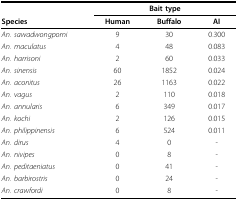
<table><thead><tr><td></td><td colspan="3"><b>Bait type</b></td></tr><tr><td><b>Species</b></td><td><b>Human</b></td><td><b>Buffalo</b></td><td><b>AI</b></td></tr></thead><tbody><tr><td><i>An. sawadwongporni</i></td><td>9</td><td>30</td><td>0.300</td></tr><tr><td><i>An. maculatus</i></td><td>4</td><td>48</td><td>0.083</td></tr><tr><td><i>An. harrisoni</i></td><td>2</td><td>60</td><td>0.033</td></tr><tr><td><i>An. sinensis</i></td><td>60</td><td>1852</td><td>0.024</td></tr><tr><td><i>An. aconitus</i></td><td>26</td><td>1163</td><td>0.022</td></tr><tr><td><i>An. vagus</i></td><td>2</td><td>110</td><td>0.018</td></tr><tr><td><i>An. annularis</i></td><td>6</td><td>349</td><td>0.017</td></tr><tr><td><i>An. kochi</i></td><td>2</td><td>126</td><td>0.015</td></tr><tr><td><i>An. philippinensis</i></td><td>6</td><td>524</td><td>0.011</td></tr><tr><td><i>An. dirus</i></td><td>4</td><td>0</td><td>-</td></tr><tr><td><i>An. nivipes</i></td><td>0</td><td>8</td><td>-</td></tr><tr><td><i>An. peditaeniatus</i></td><td>0</td><td>41</td><td>-</td></tr><tr><td><i>An. barbirostris</i></td><td>0</td><td>24</td><td>-</td></tr><tr><td><i>An. crawfordi</i></td><td>0</td><td>8</td><td>-</td></tr></tbody></table>